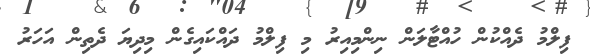
ފިލްމު ދެއްކުން ހުއްޓާލަން ނިންމިއިރު މި ފިލްމު ދައްކައިގެން މިދިޔަ ދެތިން އަހަރު